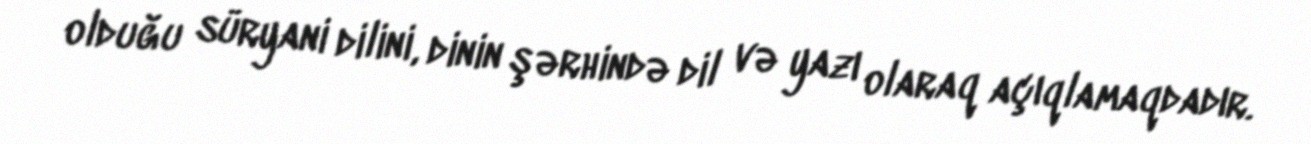
olduğu süryani dilini, dinin şərhində dil və yazı olaraq açıqlamaqdadır.